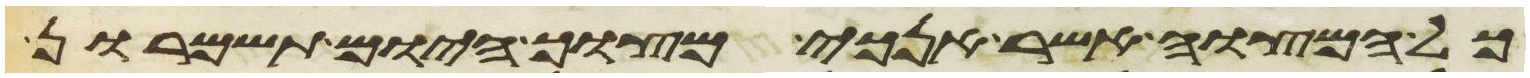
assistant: כל המצוה אשר אנכי מצוך היום תשמרון